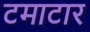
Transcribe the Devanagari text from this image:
टमाटार